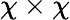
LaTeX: \chi\times\chi